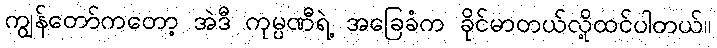
ကျွန်တော်ကတော့ အဲဒီ ကုမ္ပဏီရဲ့ အခြေခံက ခိုင်မာတယ်လို့ထင်ပါတယ်။